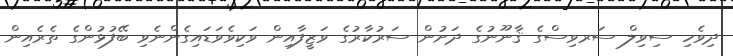
ދިވެހި ސިވިލް ސަރވިސްގެ ޤާނޫނުގެ ދަށުން ސަރުކާރުގެ ވަޒީފާއިން ވަކިވެވަޑައިގެންނެވި ބޭފުޅުންގެ ތެރެއިން